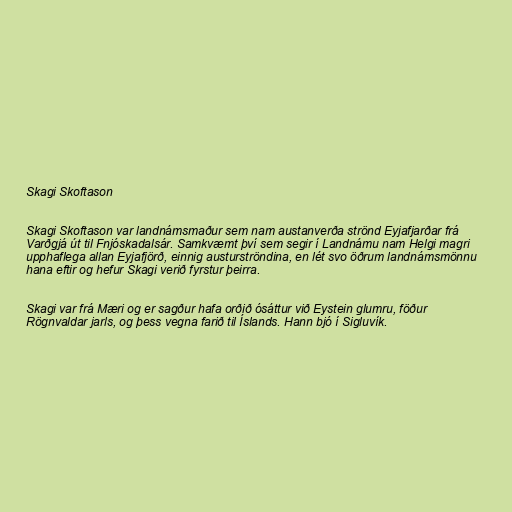
Skagi Skoftason

Skagi Skoftason var landnámsmaður sem nam austanverða strönd Eyjafjarðar frá
Varðgjá út til Fnjóskadalsár. Samkvæmt því sem segir í Landnámu nam Helgi magri
upphaflega allan Eyjafjörð, einnig austurströndina, en lét svo öðrum landnámsmönnu
hana eftir og hefur Skagi verið fyrstur þeirra.

Skagi var frá Mæri og er sagður hafa orðið ósáttur við Eystein glumru, föður
Rögnvaldar jarls, og þess vegna farið til Íslands. Hann bjó í Sigluvík.